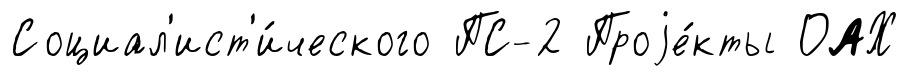
Социал'ист'и́ческого ПС-2 Проjе́кты ОАХ